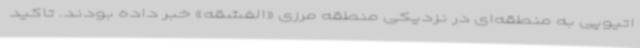
اتیوپی به منطقه‌ای در نزدیکی منطقه مرزی «الفشقه» خبر داده بودند. تاکید